Annual report on the lock hospitals of the Madras Presidency
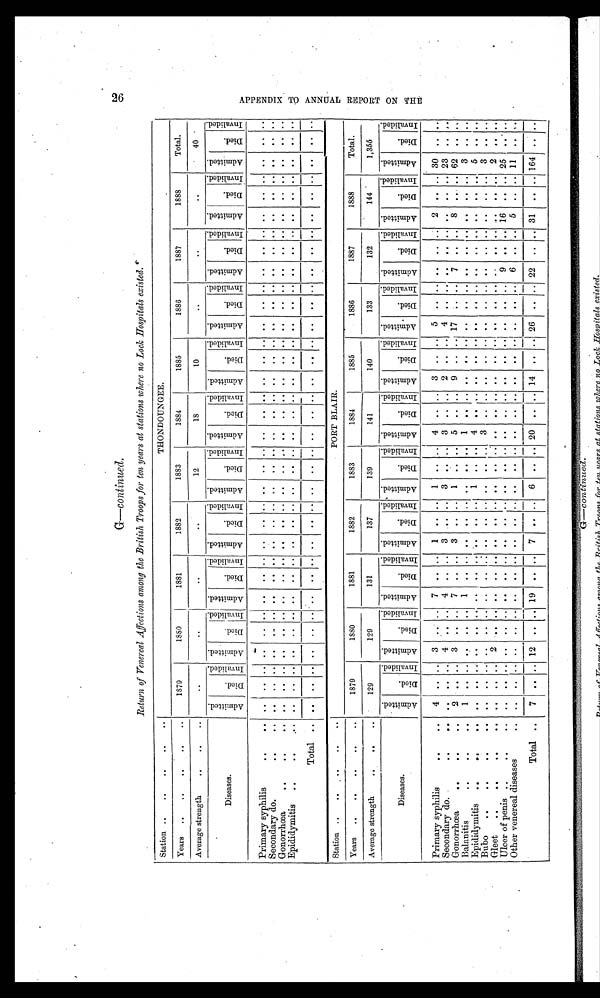
G— continued.
Return of Venereal Affections among the British Troops for ten years at stations where no Lock Hospitals existed .
Station ..
.. .. .. ..
THONDOUNGEE.
Years
..
..
.. .. ..
1879
1880
1881
1882
1883
1884
1885
1886
1887
1888
Total.
Average strength
.. .. ..
. .
..
..
..
12
18
10
. .
..
. .
40
Diseases.
A d m i t t e d .
D i e d .
I n v a l i d e d .
A d m i t t e d .
D i e d .
I n v a l i d e d . A d m i t t e d .
D i e d .
Invalided.
A d m i t t e d .
Died.
I n v a l i d e d .
A d m i t t e d .
D i e d .
I n v a l i d e d .
A d m i t t e d .
Died.
I n v a l i d e d .
Admitted.
D i e d .
I n v a l i d e d . A d m i t t e d .
D i e d .
I n v a l i d e d . A d m i t t e d .
D i e d .
I n v a l i d e d ,
Admitted.
D i e d .
I n v a l i d e d .
Admitted.
D i e d . I n v a l i d e d .
Primary syphilis
..
.. ..
. . ..
. .
.. ..
..
.. ..
. . .. ..
. . .. ..
. . .. .. ..
.. .. .. .. .. ..
.. .. ..
.. .. ..
.. ..
Secondary do.
..
.. ..
. . ..
.. .. .. ..
.. ..
. . .. ..
. . .. ..
. . .. .. ..
.. .. ..
.. .. ..
.. .. . .
.. .. ..
.. ..
Gonorrhœa
..
.. ..
..
. . ..
.. .. .. ..
.. ..
. . .. ..
. . .. ..
. . .. .. ..
.. .. ..
.. .. ..
.. .. . .
.. .. ..
.. ..
Epididymitis
..
..
..
..
. . ..
.. .. .. ..
.. ..
. . .. ..
. . .. ..
. .
.. .. ..
. .
..
. .
.. .. ..
. . .. . .
. . .. . .
. . ..
Total
. . ..
. . ..
. . .. ..
. .
.. ..
. . .. .. ..
.. ..
. .
.. .. ..
. . .. . .
.. .. ..
. . .. . .
. . .. . .
. . ..
Station ..
.. .. .. ..
PORT BLAIR.
Years
..
.. .. .. ..
1879
1880
1881
1882
1883
1884
1885
1886
1887
1888
Total.
Average strength
..
.. ..
129
129
131
137
139
141
140
133
132
144
1,355
Diseases.
A d m i t t e d .
D i e d .
Invalided. A d m i t t e d .
d i e d .
I n v a l i d e d . A d m i t t e d .
D i e d .
Invalided. A d m i t t e d .
Died.
Invalided. Admitted.
Died.
Invalided. A d m i t t e d .
Died.
Invalided. A d m i t t e d .
D i e d .
I n v a l i d e d .
A d m i t t e d .
Died.
Invalided. A d m i t t e d .
D i e d .
Invalided.
A d m i t t e d .
D i e d .
Invalided. Admitted.
D i e d .
I n v a l i d e d .
Primary syphilis
..
..
4
.. .. 3
..
.. 7
.. .. 1
.. .. 1
..
..
4 .. ..
3
.. .. 5 .. .. ..
.. .. 2
.. .. 30
. . ..
Secondary do.
..
.. ..
.. .. 4 .. .. 4 .. ..
3 .. ..
3 .. .. 3 .. ..
2 .. .. 4 .. .. .. .. .. ..
.. .. 23
.. ..
Gonorrhœa
..
..
..
2 .. ..
3 .. .. 7
.. .. 3
.. .. 1
.. .. 5 .. .. 9
.. .. 17 .. .. 7
.. .. 8
.. .. 62
. . ..
Balanitis
.. .. ..
1
.. .. ..
.. .. 1
. . .. . .
.. .. ..
.. .. 1 .. .. ..
.. .. ..
.. .. ..
.. .. .. .. ..
3 .. ..
Epididymitis
..
..
..
.. .. .. ..
.. .. ..
.. ....
.. .. 1
.. .. 4 .. .. ..
.. .. ..
.. .. ..
. . .. . .
.. .. 5 .. ..
Bubo
..
..
..
.. ..
.. .. ..
.. .. ..
.. .. ..
..
.. ..
.. .. 3 .. .. ..
.. .. ..
.. .. ..
.. .. . .
.. .. 3 .. ..
Gleet
..
..
..
.. ..
.. .. 2
.. .. ..
.. .. .. .. .. .. .. .. ..
.. .. ..
. . .. . .
.. .. ..
. . .. . .
. . .. 2 .. ..
Ulcer of penis ..
..
.. ..
.. . . ..
.. .. ..
.. .. ..
.. .. ..
.. .. ..
.. .. ..
.. .. . .
.. .. 9 .. .. 16
.. .. 25
.. ..
Other venereal diseases
..
..
.. .. ..
.. .. ..
.. .. ..
.. .. ..
.. .. ..
.. .. . .
. . .. ..
.. .. 6
.. .. 5 .. .. 11 .. . .
Total ..
7
.. .. 12 .. .. 19 .. .. 7 .. ..
6 .. .. 20 .. .. 14 .. .. 26 .. .. 22
.. .. 31
.. .. 164 .. . .